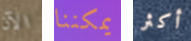
الآن يمكننا أكثر